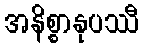
အနိစ္စာနုပဿီ